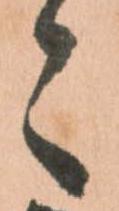
々